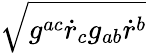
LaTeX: \sqrt{g^{ac}{\dot{r}}_{c}g_{ab}{\dot{r}}^{b}}